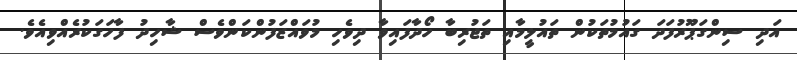
އަދި ސިންގަޕޫރުފަދަ ގައުމުތަކުން ތައުލީމާއި ތަޖުރިބާ ހޯދާފައިވާ ދިވެހި މުވައްޒަފުންކަންވެސް ޝާހިދު ފާހަގަކުރެއްވިއެވެ.